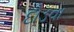
દોડવા